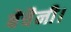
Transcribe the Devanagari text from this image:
बेचैनी।